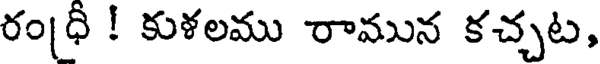
రం(ధీ ! కుళలము రామున కచ్చట,